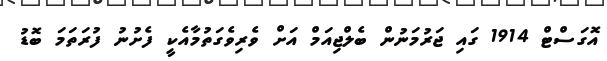
އޮގަސްޓް 1914 ގައި ޖަރުމަނުން ބެލްޖިއަމް އަށް ވެރިވެގަތުމާއެކީ ފެށުނު ފުރަތަމަ ބޮޑު